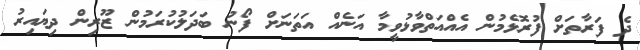
ދެ ފަރާތަށް ފުރޮޅެމުން އެއްއަތްވާޅުވީމާ އަނެއް އަތަނަށް ފޯނު ބަދަލުކުރަމުން ޒޫރިން ދިޔައިރު